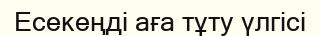
Есекеңді аға тұту үлгісі